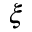
\xi